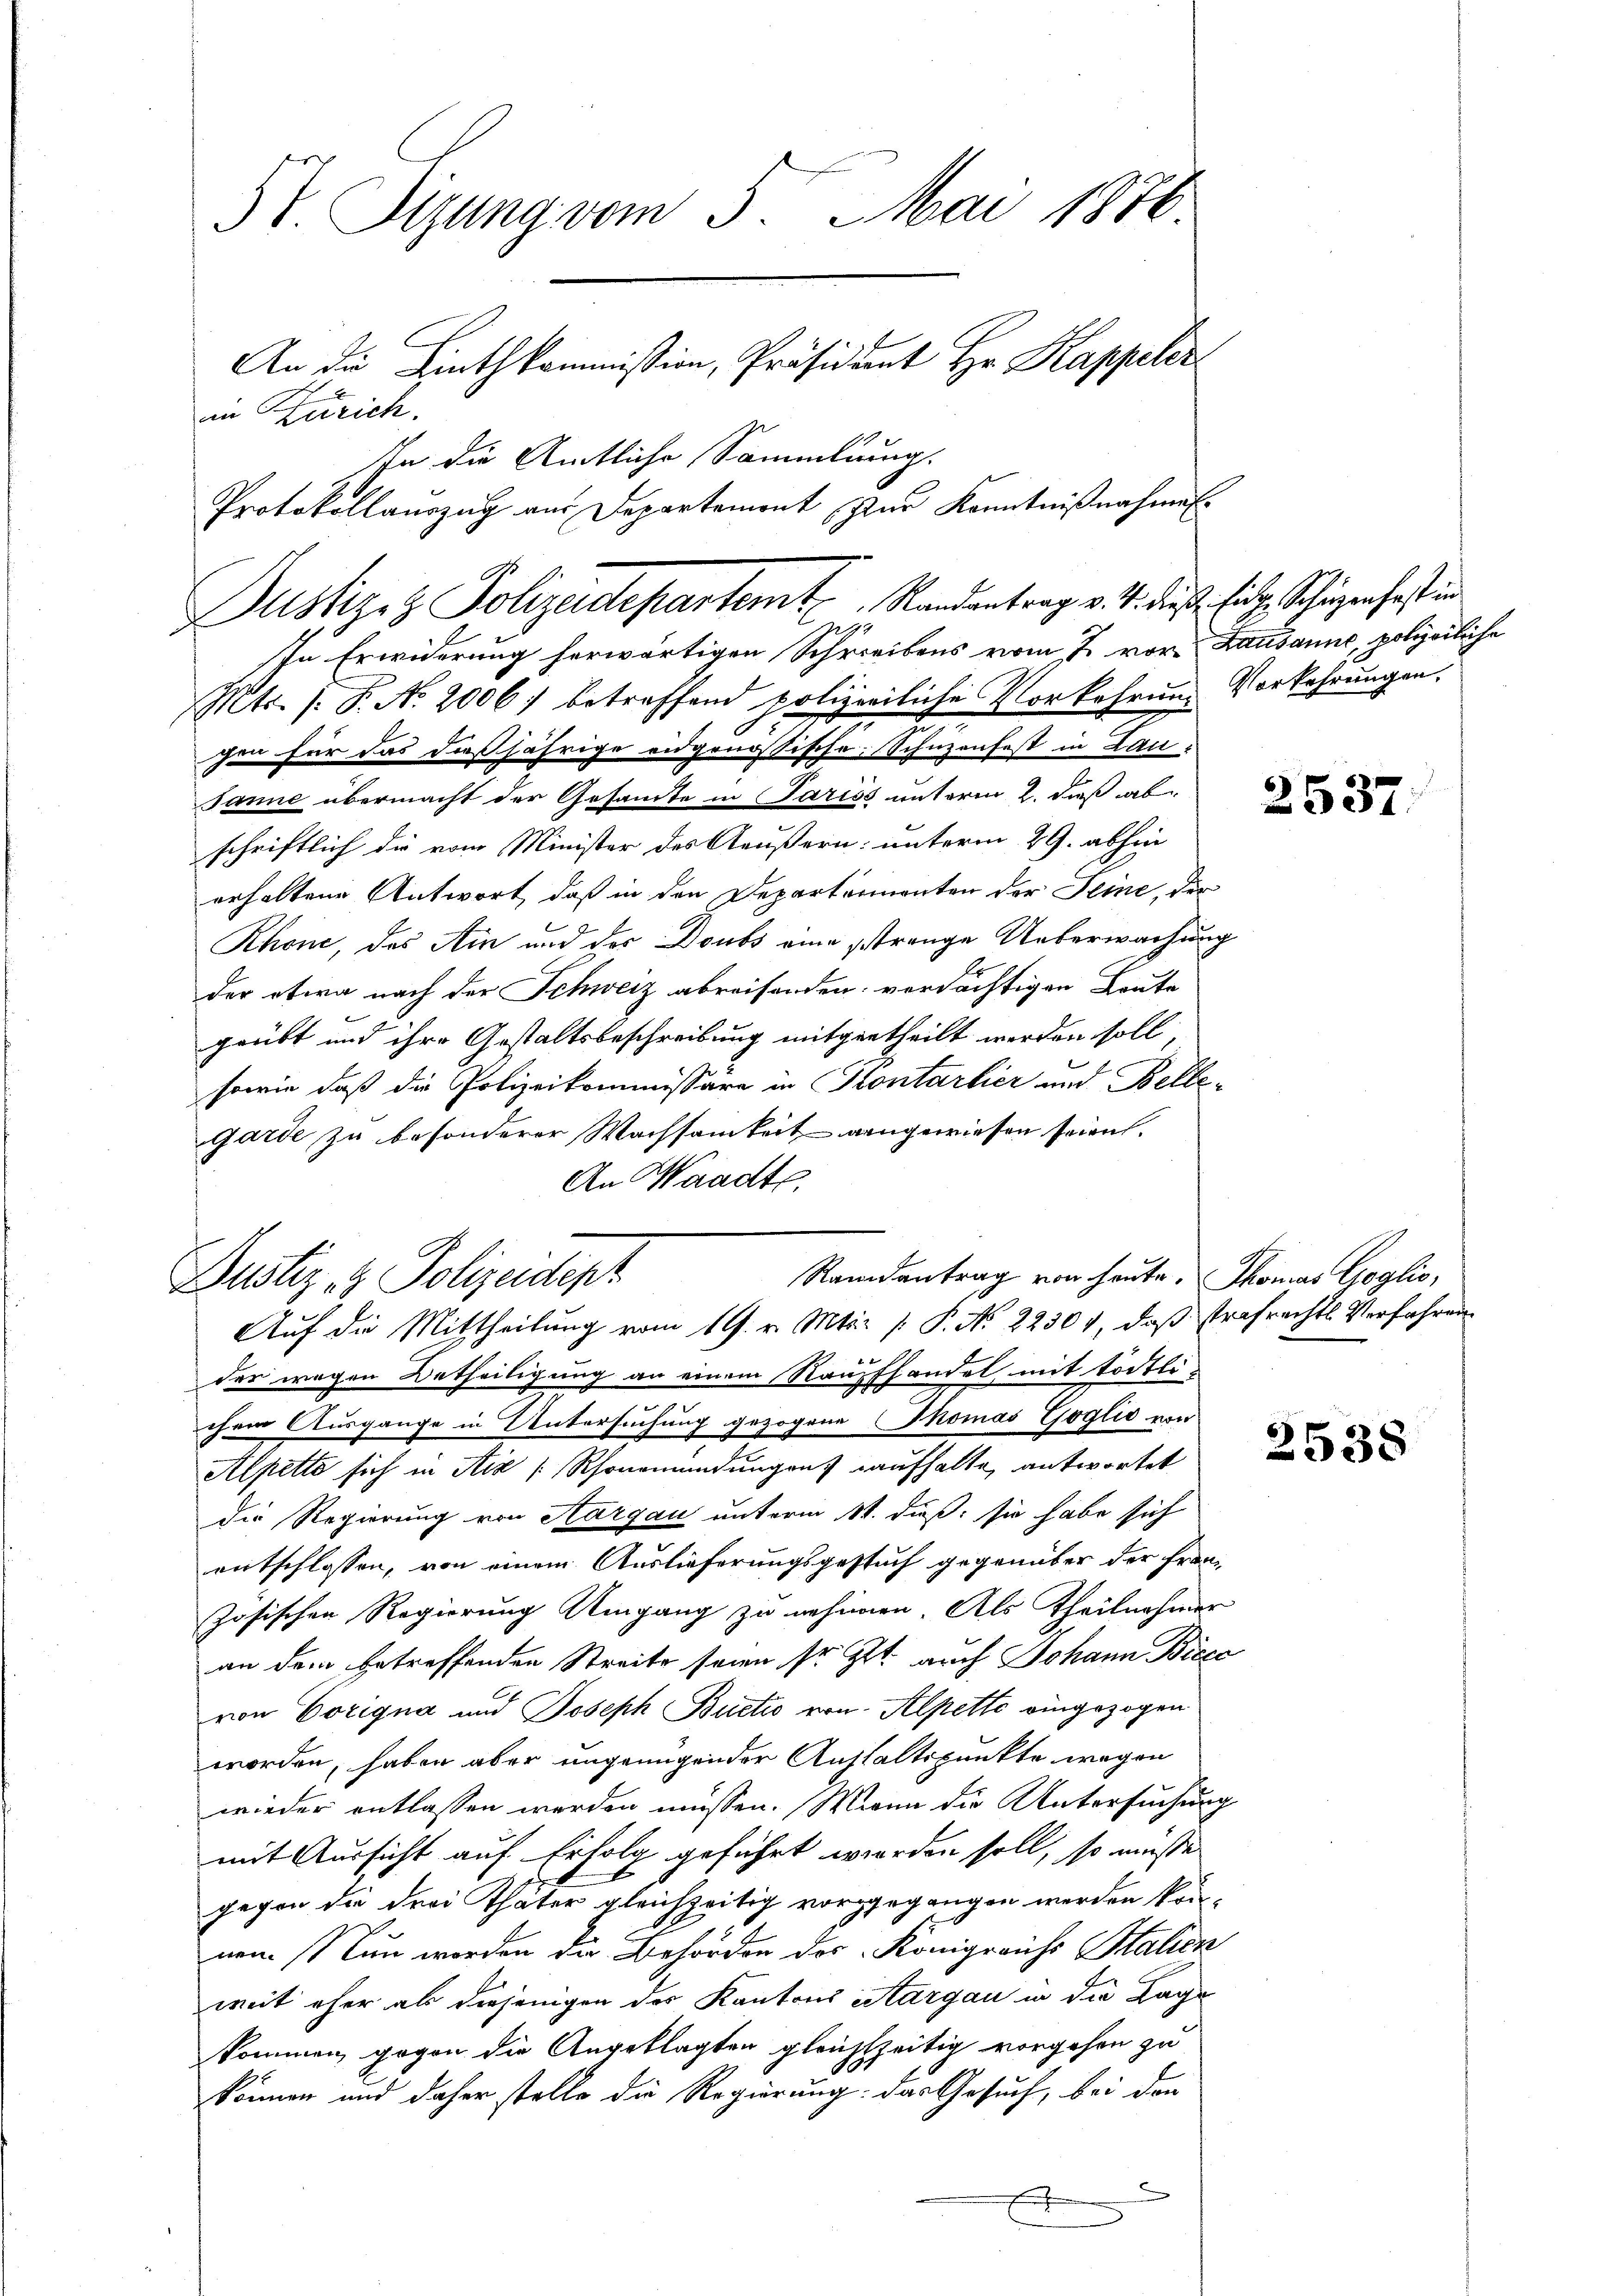
5t. Sigung vom 5. Mai 1870.
An die Linthkommission, Präsidiant Hr. Kappeler
in Zürich.

In die Amtliche Sammlung.
Protokollauszug aus Departemont zur Kenntnißnahme

Justiz & Polizeidepartemt. Randantrag v. 4. diese Eid, Schäzen fast in

Dustiz- & Polizeidept

Auf die Mittheilung vom 19. v. Mts. (: P. No 22304, daß strafrechts Verfahren

In Erwiderung herwärtigen Schreibens vom 7. vor. Lausanne, polizeiliche
Mts. s. S. N. 2006. betreffend polizeiliche Vorkehrung Vorkehrungen,
2
gen für das dießjährige eidgenössische Schuzenfest in Lau¬
Janne übermacht der Gesamte in Pariss unterm 2. daß ab
schriftlich die vom Minister des Aeußern unterm 29. abhin
erhaltene Antwort, daß in den Departementen der Seine, der
Rhone, das Ain und der Doubs eine trange Ueberwachung
der etwa nach der Schweiz abreisenden verdächtigen Leute
geübt und ihre Gestaltsbeschreibung mitgetheilt werden soll,
sowie daß die Polizeikommissäre in Kontarlier und Belle¬
Garde zu besonderer Wachsamkeit angewiesen seien.
An Waadt
Randantrag von heute. Thomas Goglio,
der wegen Betheiligung an einem Raupfhandel, mit tödtli-
chem Ausgange in Untersuchung gezogene Thomas Goglio von
Alpetto sich in Aix /Rhonemündungen aufhalte, antwortet
die Regierung von Aargau unterm 1t. dieß: sie habe sich
entschlossen, von einem Auslieferungsgestuch gegenüber der Französischen Regierung Umgang zu nehmen. Als Theilnehmer
an dem betreffenden Streite seien sr. Zt. auch Johann Bicco
von Vorigna und Joseph Buctio von Alpette eingezogen
worden, haben aber ungenügender Anstaltspunkte wegen
wieder entlassen werden müssen. Wenn die Untersuchung
mit Aussicht auf Erfolg geführt worden soll, so müsse
gegen die drei Thäter gleichzeitig vorgegangen werden können. Nun werden die Behörden des Königreichs Salick
weit eher als diejenigen des Kantons Aargau in die Lage
kommen gegen die Angeklagten gleichzeitig vorgehen zu
können und daher stelle die Regierung: das Gesuch, bei den
.

2537.

2538